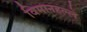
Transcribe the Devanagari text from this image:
विमानहल्ले